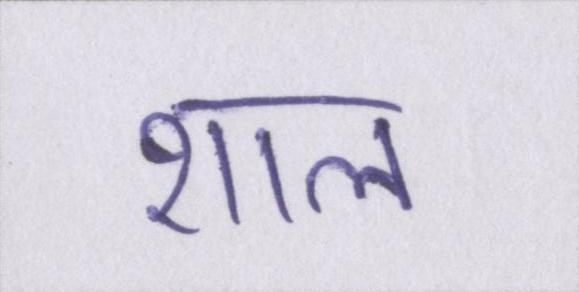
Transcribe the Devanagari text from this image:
शाल